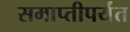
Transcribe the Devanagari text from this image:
समाप्‍तीपर्यंत